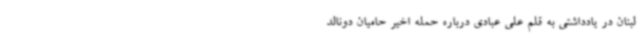
لبنان در یادداشتی به قلم علی عبادی درباره حمله اخیر حامیان دونالد